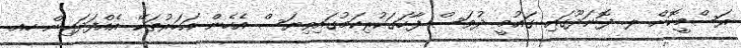
ރަސްމީކޮށް ލ. ފޮނަދޫގައި ގައުމީ ދުވަސް ފާހަގަކުރިކަމުގައިވިޔަސް އެހެން އަހަރުތަކޭ އެއްފަދައިން ހއ.